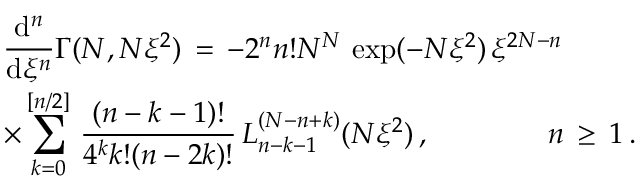
\begin{array} { l } { \displaystyle \frac { \mathrm { d } ^ { n } } { \mathrm { d } \xi ^ { n } } \Gamma ( N , N \xi ^ { 2 } ) \, = \, - 2 ^ { n } n ! N ^ { N } \, \exp ( - N \xi ^ { 2 } ) \, \xi ^ { 2 N - n } \, } \\ { \displaystyle \times \sum _ { k = 0 } ^ { [ n / 2 ] } \, \frac { ( n - k - 1 ) ! } { 4 ^ { k } k ! ( n - 2 k ) ! } \, L _ { n - k - 1 } ^ { ( N - n + k ) } ( N \xi ^ { 2 } ) \, , \qquad \qquad n \, \ge \, 1 \, . } \end{array}